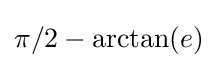
\pi /2-\arctan(e)